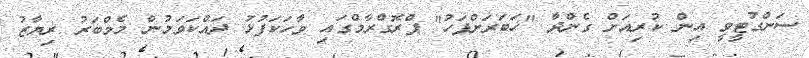
ސަންގުޓީވީ އިން ކުރިއަށް ގެންދާ "ޚަަބަރަށްފަހު" ޕްރޮގްރާމްގައި ވާހަކަފުޅު ދައްކަވަމުން މެމްބަރު ރިޔާޒު